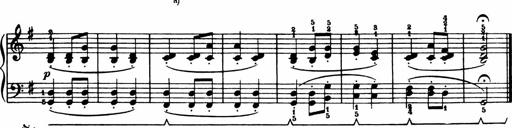
Title: Analytical Sonatinas
Composer: Frank Lynes